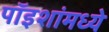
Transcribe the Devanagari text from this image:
पॉइशांमध्ये